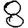
Digit: 8